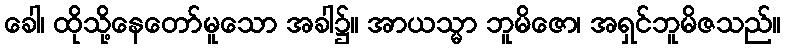
ခေါ၊ ထိုသို့နေတော်မူသော အခါ၌။ အာယသ္မာ ဘူမိဇော၊ အရှင်ဘူမိဇသည်။